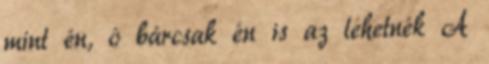
mint én, ó bárcsak én is az lehetnék A